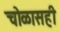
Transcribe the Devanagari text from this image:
चोळासही